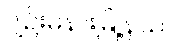
ပျဉ်းမနားမြို့နယ်